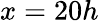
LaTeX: x=20h